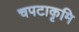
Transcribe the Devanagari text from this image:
चपटाकृमि